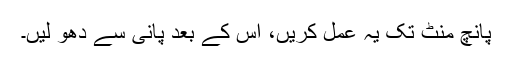
پانچ منٹ تک یہ عمل کریں، اس کے بعد پانی سے دھو لیں۔